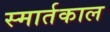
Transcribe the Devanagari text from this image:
स्मार्तकाल